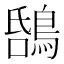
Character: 𪁝